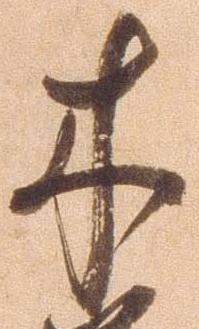
木